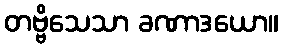
တဗ္ဗိသေသာ ခဏာဒယော။